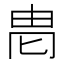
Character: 𱰨